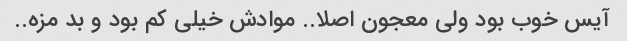
آیس خوب بود ولی معجون اصلا.. موادش خیلی کم بود و بد مزه..